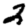
Digit: 2